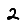
Digit: 2